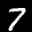
Label: 7